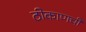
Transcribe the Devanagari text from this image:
ठीकाणची